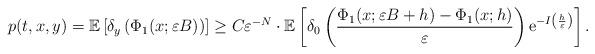
LaTeX: \begin{align*}p(t,x,y)=\mathbb{E}\left[\delta_{y}\left(\Phi_{1}(x;\varepsilon B)\right)\right] &\ge C\varepsilon^{-N}\cdot\mathbb{E}\left[\delta_{0}\left(\frac{\Phi_{1}(x;\varepsilon B+h)-\Phi_{1}(x;h)}{\varepsilon}\right){\rm e}^{-I\left(\frac{h}{\varepsilon}\right)}\right].\end{align*}